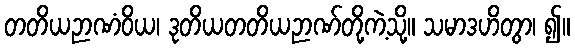
တတိယဉာဏံဝိယ၊ ဒုတိယတတိယဉာဏ်တို့ကဲ့သို့။ သမာဒဟိတွာ၊ ၍။